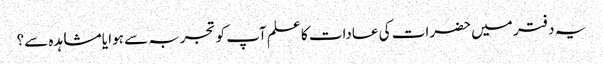
یہ دفتر میں حضرات کی عادات کا علم آپ کو تجربہ سے ہوا یا مشاہدہ سے؟